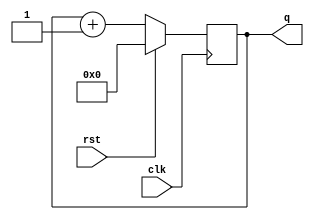
// This program was cloned from: https://github.com/efabless/clear
// License: Apache License 2.0

module counter(clk, q, rst);

    input clk;
    input rst;
    output [7:0] q;
    reg [7:0] q;

    always @ (posedge clk)
    begin
        if(rst)
			q <= 8'b00000000;
	else
		q <= q + 1;
    end

endmodule